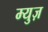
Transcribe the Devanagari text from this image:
म्युज़